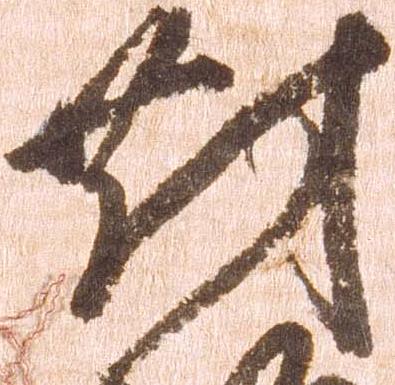
対